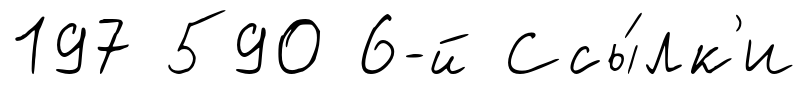
197 590 6-й Ссы́лк'и